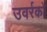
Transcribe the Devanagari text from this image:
उवर्रकों